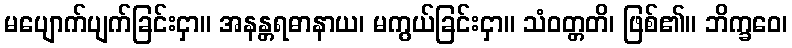
မပျောက်ပျက်ခြင်းငှာ။ အနန္တရဓာနာယ၊ မကွယ်ခြင်းငှာ။ သံဝတ္တတိ၊ ဖြစ်၏။ ဘိက္ခဝေ၊